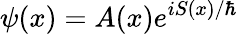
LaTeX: \psi(x)=A(x)e^{iS(x)/\hbar}